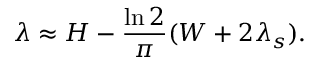
\lambda \approx H - \frac { \ln 2 } { \pi } ( W + 2 \lambda _ { s } ) .